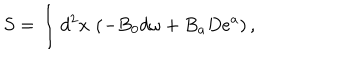
S = \int d ^ { 2 } x \, \left( - B _ { 0 } d \omega + B _ { a } D e ^ { a } \right) ,